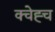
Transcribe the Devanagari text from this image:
क्चेह्च